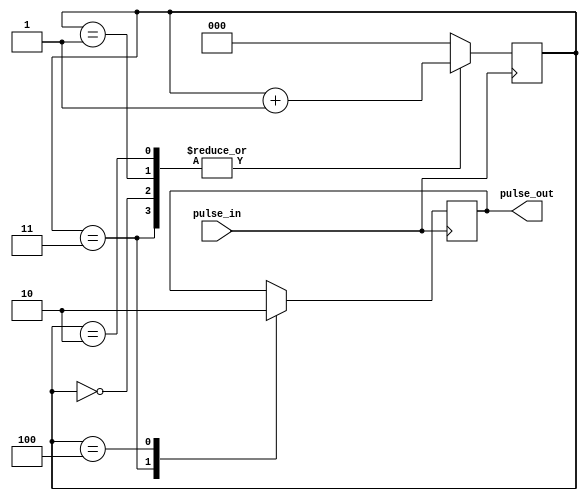
module PulseSynchronizer (
    input pulse_in,
    output reg pulse_out
);

reg [2:0] state;

always @(posedge pulse_in) begin
    case(state)
        3'b000: state <= state + 1;
        3'b001: state <= state + 1;
        3'b010: state <= state + 1;
        3'b011: begin
            pulse_out <= 1;
            state <= state + 1;
        end
        3'b100: begin
            pulse_out <= 0;
            state <= 3'b000;
        end
        default: state <= 3'b000;
    endcase
end

endmodule